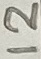
Text: 12